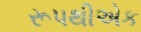
રૂપથીએક